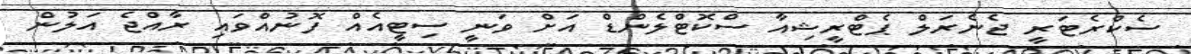
ސެކްރެޓަރީ ޖެނެރަލް ޕެޓްރީޝިއާ ސްކޮޓްލެންޑް އަށް ވަނީ ސިޓީއެއް ފޮނުއްވައި ރާއްޖެ އަލުން